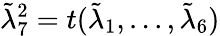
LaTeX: \tilde{\lambda}_{7}^{2}=t(\tilde{\lambda}_{1},...,\tilde{\lambda}_{6})